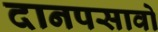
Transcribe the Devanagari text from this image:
दानपसावो